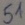
Text: 51